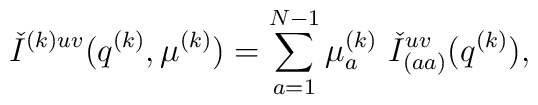
{\check I}^{(k)uv}(q^{(k)},\mu^{(k)})=\sum_{a=1}^{N-1}\mu_a^{(k)}\,\,{\check I}^{uv}_{(aa)}(q^{(k)}),